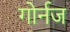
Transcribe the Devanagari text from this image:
गोर्नज